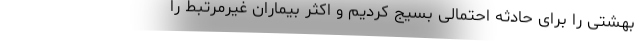
بهشتی را برای حادثه احتمالی بسیج کردیم و اکثر بیماران غیرمرتبط را